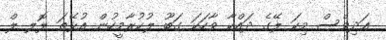
ޢަދިވެސް މިކަ ލޭގެ ދައްކާ ވާހަކަ ގަބޫ ލުކުރާމީހުން އުޅޭތަ ލޮލ ލް